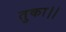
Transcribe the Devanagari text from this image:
तुका।।